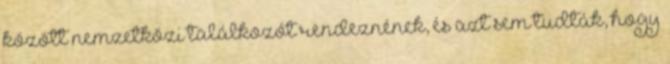
között nemzetközi találkozót rendeznének, és azt sem tudták, hogy